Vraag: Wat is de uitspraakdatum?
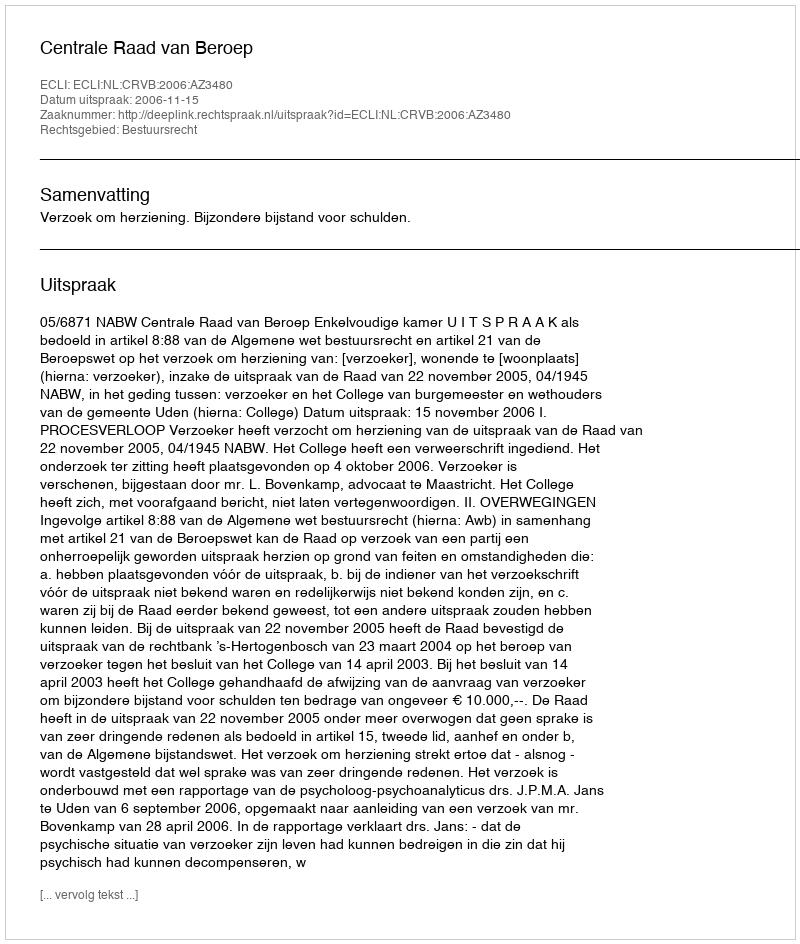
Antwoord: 2006-11-15